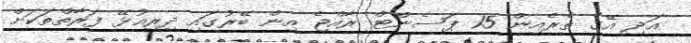
އަދި އޭގެ ތެރެއިން 15 ޕަސެންޓް ރާއްޖެ އިން ބޭރުގައި ދިރިއުޅޭ ފަރާތްތަކަށް